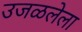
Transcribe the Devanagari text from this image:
उजळलेला